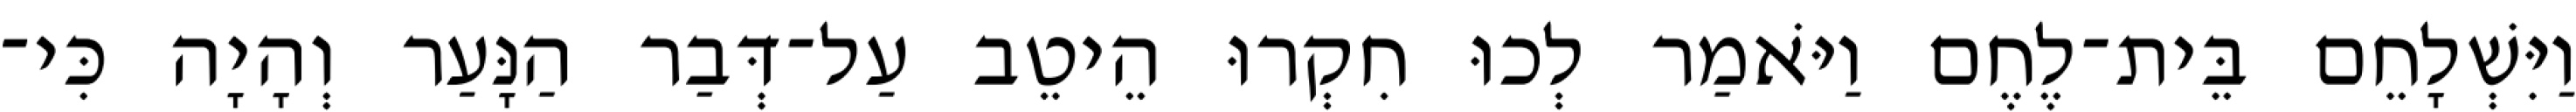
וַיִּשְׁלָחֵם בֵּית־לֶחֶם וַיֹּאמַר לְכוּ חִקְרוּ הֵיטֵב עַל־דְּבַר הַנָּעַר וְהָיָה כִּי־